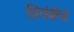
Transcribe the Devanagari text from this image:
प्रियंक्षेत्रं